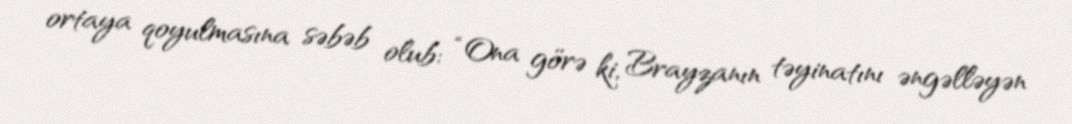
ortaya qoyulmasına səbəb olub: “Ona görə ki, Brayzanın təyinatını əngəlləyən